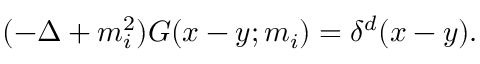
( - \Delta + m _ { i } ^ { 2 } ) G ( x - y ; m _ { i } ) = \delta ^ { d } ( x - y ) .